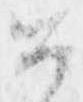
如